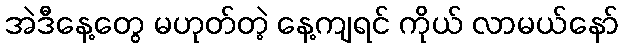
အဲဒီနေ့တွေ မဟုတ်တဲ့ နေ့ကျရင် ကိုယ် လာမယ်နော်